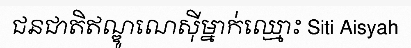
ជនជាតិឥណ្ឌូណេស៊ីម្នាក់ឈ្មោះ Siti Aisyah